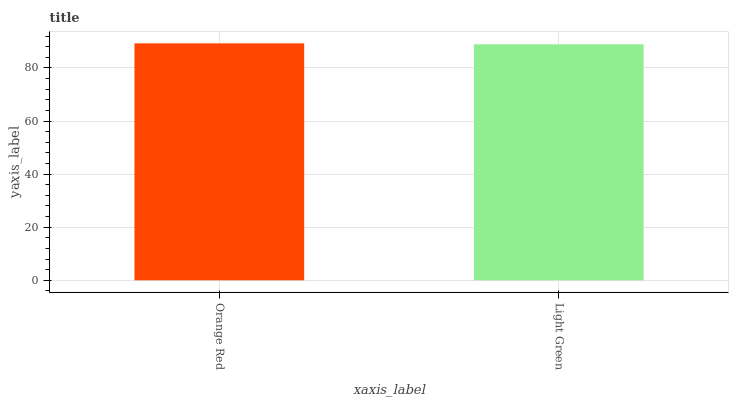
| xaxis_label | bars |
 | --- | --- |
 | Orange Red | 89.3 |
 | Light Green | 88.9 |